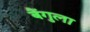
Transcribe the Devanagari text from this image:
बैंगुला